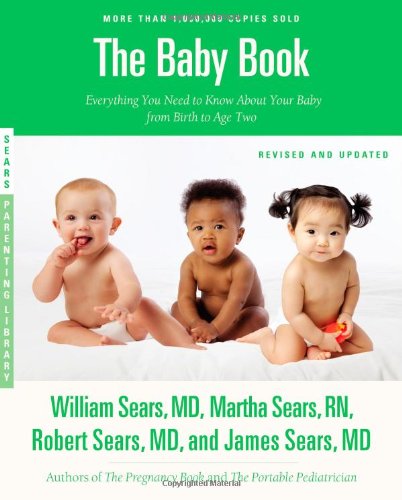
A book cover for The Baby Book, Revised Edition: Everything You Need to Know About Your Baby from Birth to Age Two (Sears Parenting Library); William Sears; Parenting & Relationships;